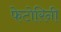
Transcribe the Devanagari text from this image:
फेटोरिनी